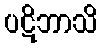
ပဋိဘာသိ